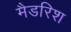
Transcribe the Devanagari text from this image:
मैडरिश